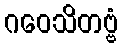
ဂဝေသိတဗ္ဗံ